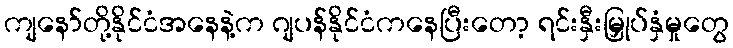
ကျနော်တို့နိုင်ငံအနေနဲ့က ဂျပန်နိုင်ငံကနေပြီးတော့ ရင်းနှီးမြှုပ်နှံမှုတွေ